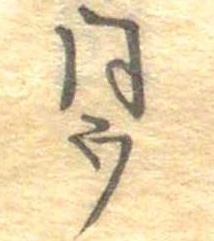
同ウ